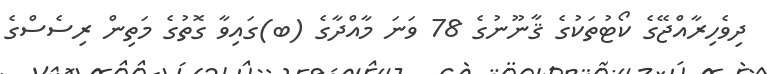
ދިވެހިރާއްޖޭގެ ކޯޓުތަކުގެ ޤާނޫނުގެ 78 ވަނަ މާއްދާގެ (ބ)ގައިވާ ގޮތުގެ މަތިން ރިސެސްގެ